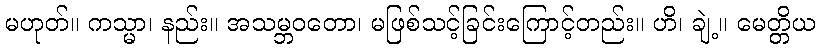
မဟုတ်။ ကသ္မာ၊ နည်း။ အသမ္ဘဝတော၊ မဖြစ်သင့်ခြင်းကြောင့်တည်း။ ဟိ၊ ချဲ့။ မေတ္တိယ